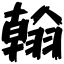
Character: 翰